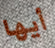
أيها